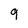
Character: 9